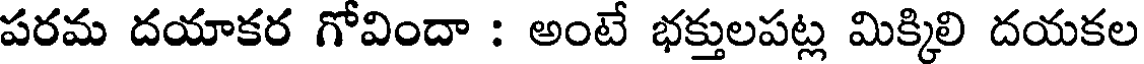
పరమ దయాకర గోవిందా : అంటే భక్తులపట్ల మిక్కిలి దయకల